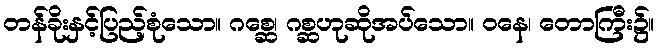
တန်ခိုးနှင့်ပြည့်စုံသော။ ဂစ္ဆေ၊ ဂစ္ဆဟုဆိုအပ်သော။ ဝနေ၊ တောကြီး၌။